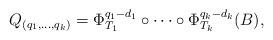
LaTeX: \begin{align*}Q_{(q_1,\ldots, q_k)}=\Phi_{T_1}^{q_1-d_1}\circ \cdots \circ \Phi_{T_k}^{q_k-d_k}(B),\end{align*}